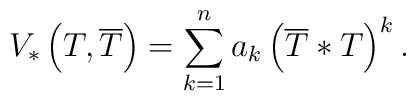
V_{*}\left( T,\overline{T}\right) =\sum ^{n}_{k=1}a_{k}\left( \overline{T}*T\right) ^{k}.